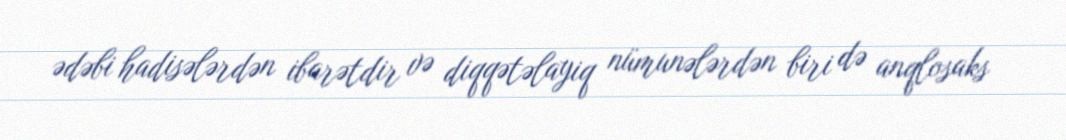
ədəbi hadisələrdən ibarətdir və diqqətəlayiq nümunələrdən biri də anqlosaks